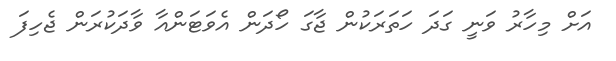
އަށް މިހާރު ވަނީ ގަދަ ހަތަރަކުން ޖާގަ ހޯދަން އެވަޓަންއާ ވާދަކުރަން ޖެހިފަ